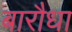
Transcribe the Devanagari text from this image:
बारौधा